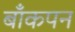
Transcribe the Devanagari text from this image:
बाँकपन